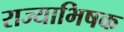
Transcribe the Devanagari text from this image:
राज्याभिषक